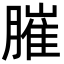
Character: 膗